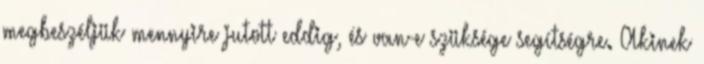
megbeszéljük mennyire jutott eddig, és van-e szüksége segítségre. Akinek